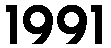
1991